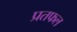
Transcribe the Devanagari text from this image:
प्रतफल